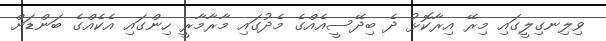
ވިލިނގިލީގައި މިރޭ އިރާކޮޅު ދެ ބިދޭސީއެއްގެ މެދުގައި މާރާމާރީ ހިންގައި އެކެއްގެ ބަންޑަށް